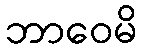
ဘာဝေမိ